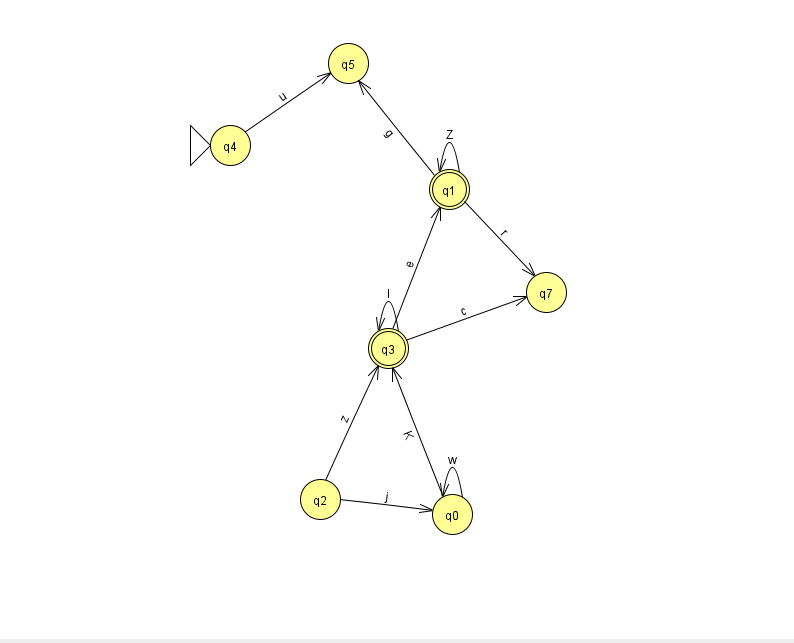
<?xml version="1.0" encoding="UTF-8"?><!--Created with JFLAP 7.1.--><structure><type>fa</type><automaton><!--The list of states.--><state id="0" name="q0"><x>452.0</x><y>501.0</y></state><state id="1" name="q1"><x>449.0</x><y>176.0</y><final/></state><state id="2" name="q2"><x>320.0</x><y>486.0</y></state><state id="3" name="q3"><x>388.0</x><y>335.0</y><final/></state><state id="4" name="q4"><x>230.0</x><y>132.0</y><initial/></state><state id="5" name="q5"><x>348.0</x><y>50.0</y></state><state id="7" name="q7"><x>546.0</x><y>279.0</y></state><!--The list of transitions.--><transition><from>2</from><to>0</to><read>j</read></transition><transition><from>3</from><to>7</to><read>c</read></transition><transition><from>0</from><to>3</to><read>K</read></transition><transition><from>0</from><to>0</to><read>w</read></transition><transition><from>3</from><to>3</to><read>I</read></transition><transition><from>1</from><to>1</to><read>Z</read></transition><transition><from>1</from><to>5</to><read>g</read></transition><transition><from>3</from><to>1</to><read>e</read></transition><transition><from>1</from><to>7</to><read>r</read></transition><transition><from>2</from><to>3</to><read>z</read></transition><transition><from>4</from><to>5</to><read>u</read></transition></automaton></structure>